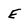
Character: E